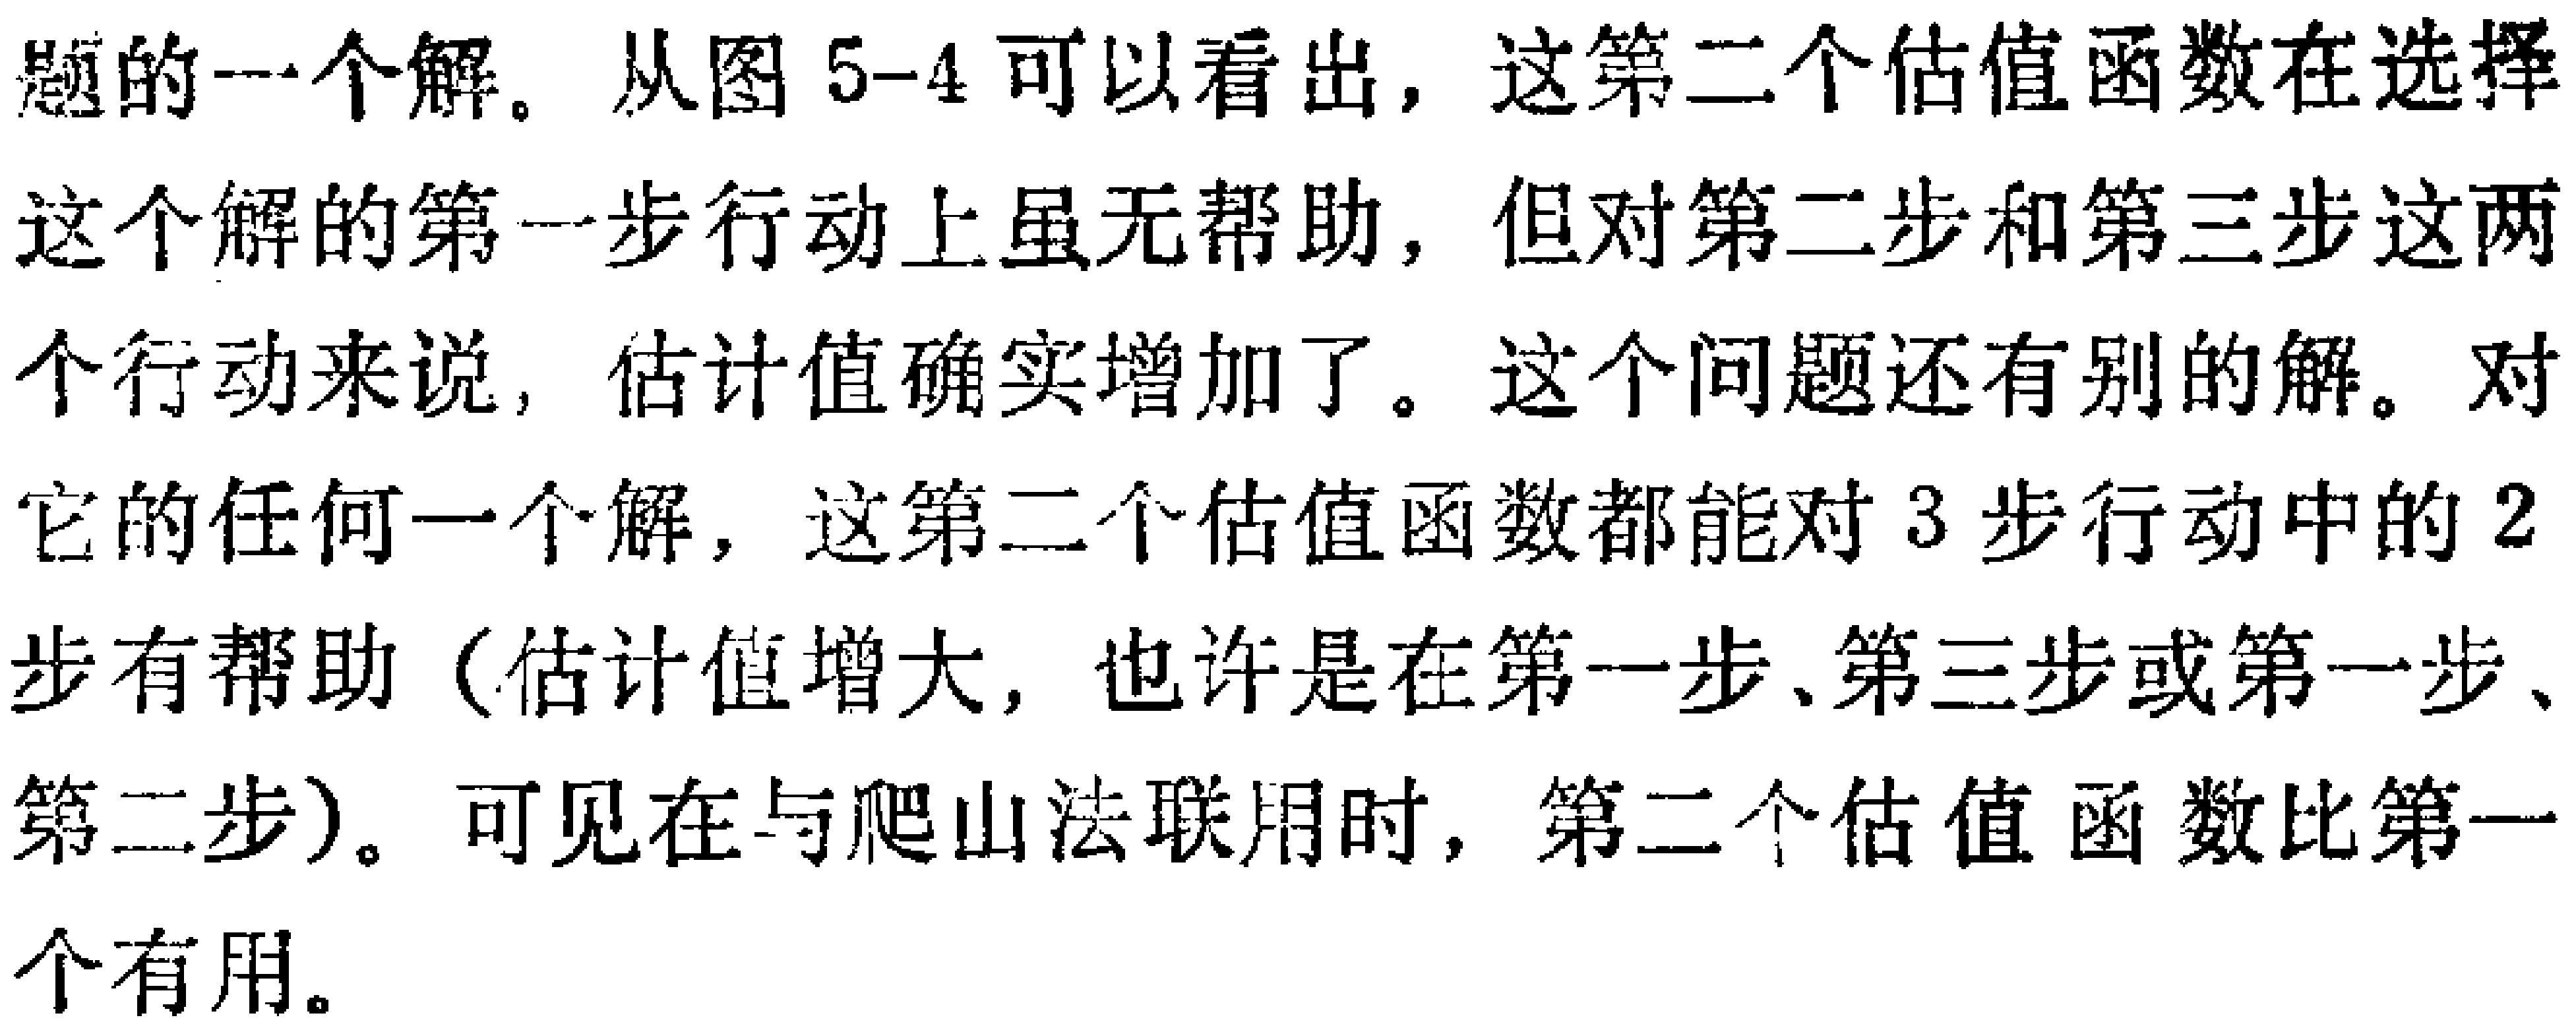
题的一个解。从图 5-4 可以看出，这第二个估值函数在选择这个解的第一步行动上虽无帮助，但对第二步和第三步这两个行动来说，估计值确实增加了。这个问题还有别的解。对它的任何一个解，这第二个估值函数都能对 3 步行动中的 2 步有帮助（估计值增大，也许是在第一步、第三步或第一步、第二步）。可见在与爬山法联用时，第二个估值函数比第一个有用。